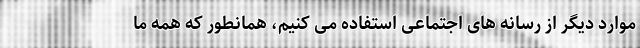
موارد دیگر از رسانه های اجتماعی استفاده می کنیم، همانطور که همه ما